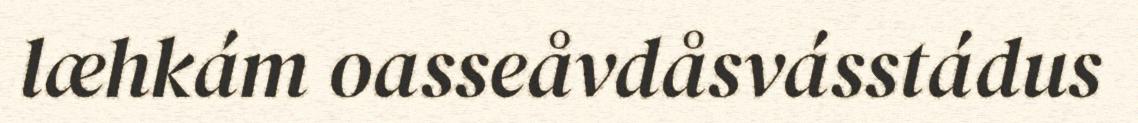
læhkám oasseåvdåsvásstádus